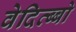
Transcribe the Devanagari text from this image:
वेदित्ब्बो